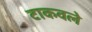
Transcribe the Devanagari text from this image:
टाकवले